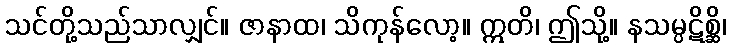
သင်တို့သည်သာလျှင်။ ဇာနာထ၊ သိကုန်လော့။ ဣတိ၊ ဤသို့။ နသမ္ပဋိစ္ဆိ၊